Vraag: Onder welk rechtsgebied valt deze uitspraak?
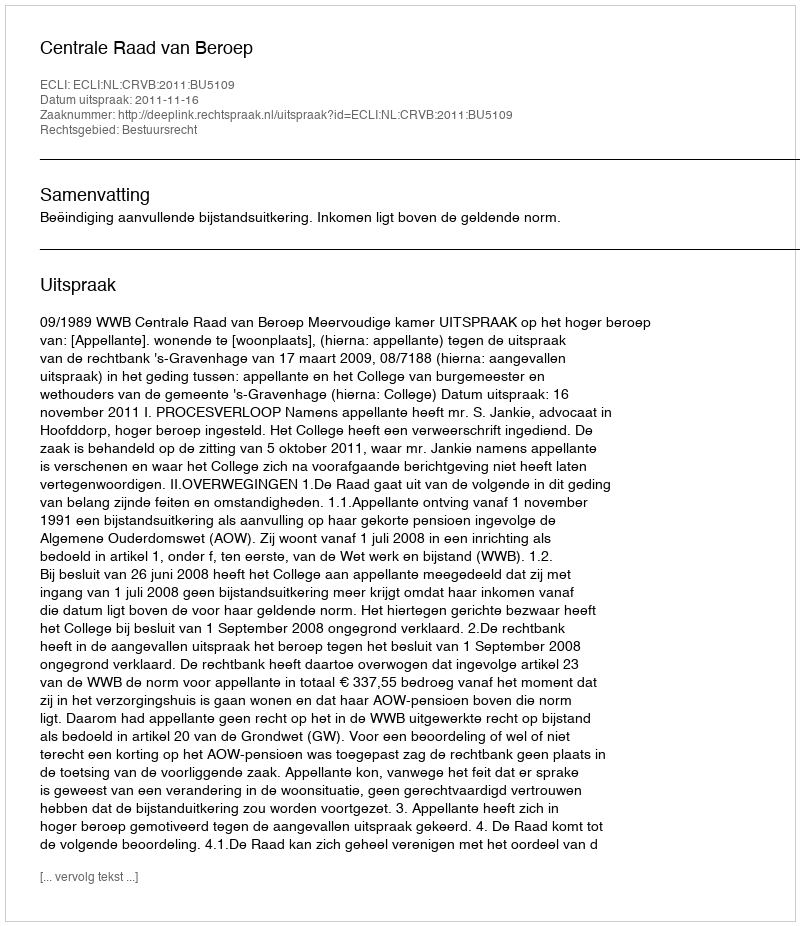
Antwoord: Bestuursrecht